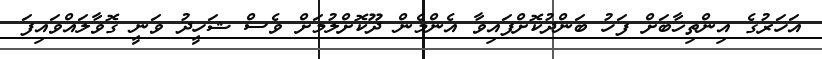
އަހަރުގެ އިންތިޚާބަށް ފަހު ބަންދުކޮށްފައިވާ އެންމެން ދޫކޮށްލުމަށް ވެސް ޝަހީދު ވަނީ ގޮވާލައްވައިފަ